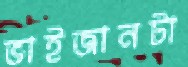
ভাইজানটা